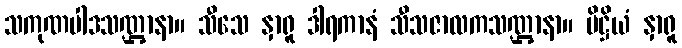
သကုဏပါဒသဏ္ဌာနာ။ သီသေ နှာရူ ဒါရကာနံ သီသဇာလကသဏ္ဌာနာ။ ပိဋ္ဌိယံ နှာရူ